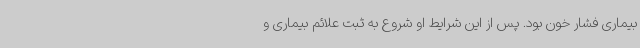
بیماری فشار خون بود. پس از این شرایط او شروع به ثبت علائم بیماری و